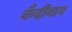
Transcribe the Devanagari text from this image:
कैदीबाग